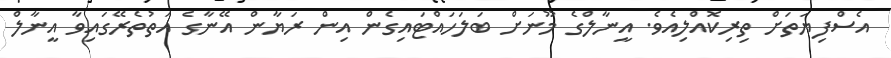
އެސްފިޔަތަށް ތިރިކޮއްލިއެވެ. އީނާލްގެ މޫނަށް ބަލަހައްޓައިގެން އިން ރަޔާން އޭނާގެ އަތުތެރޭގައިވާ އީނާލް